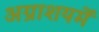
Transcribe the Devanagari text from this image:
अग्नाशयमें